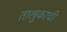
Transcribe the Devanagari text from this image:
तालुकाची